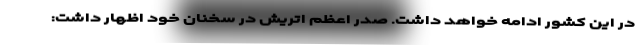
در این کشور ادامه خواهد داشت. صدر اعظم اتریش در سخنان خود اظهار داشت: